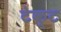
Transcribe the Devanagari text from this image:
टेक्ट